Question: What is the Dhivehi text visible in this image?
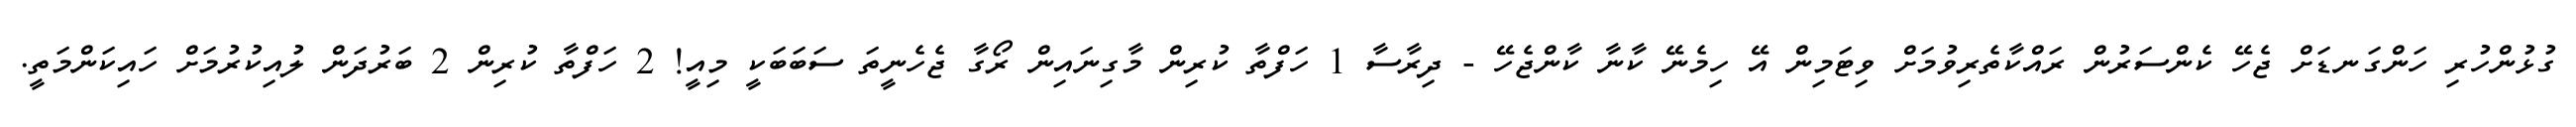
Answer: ގުޅުންހުރި ހަންގަނޑަށް ޖެހޭ ކެންސަރުން ރައްކާތެރިވުމަށް ވިޓަމިން އޭ ހިމެނޭ ކާނާ ކާންޖެހޭ - ދިރާސާ 1 ހަފްތާ ކުރިން މާގިނައިން ރޯގާ ޖެހެނީތަ ސަބަބަކީ މިއީ! 2 ހަފްތާ ކުރިން 2 ބަރުދަން ލުއިކުރުމަށް ހައިކަންމަތީ.